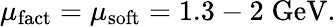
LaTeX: \mu_{\mathrm{fact}}=\mu_{\mathrm{soft}}=1.3-2\; \mathrm{GeV.}